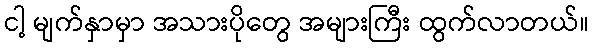
ငါ့ မျက်နှာမှာ အသားပိုတွေ အများကြီး ထွက်လာတယ်။